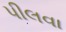
પીલવા